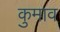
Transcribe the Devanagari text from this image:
कुमाव